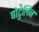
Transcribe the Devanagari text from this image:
बोटुलिन